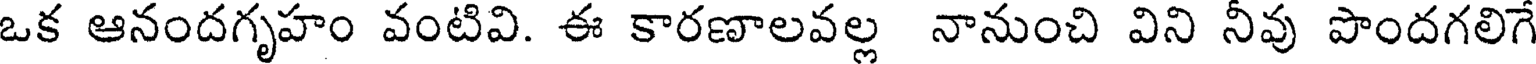
ఒక ఆనందగృహం వంటివి. ఈ కారణాలవల్ల నానుంచి విని నీవు పొందగలిగే